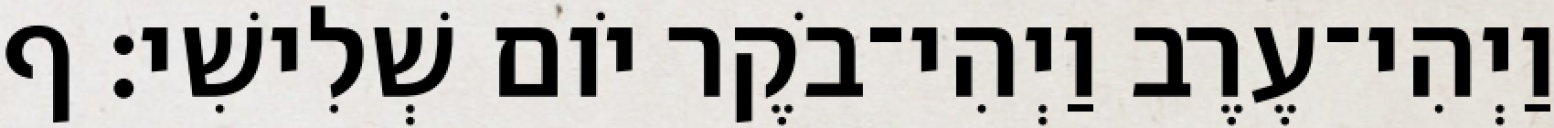
וַיְהִי־עֶרֶב וַיְהִי־בֹקֶר יֹום שְׁלִישִׁי׃ ף